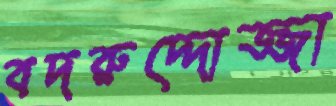
বদরুদ্দোজ্জা